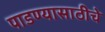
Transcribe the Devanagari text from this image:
पाडण्यासाठीचे